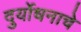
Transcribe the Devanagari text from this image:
दुर्योधनाचे